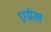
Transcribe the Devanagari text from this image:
एग्रेल